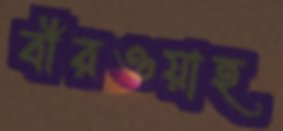
বীরওয়াহ